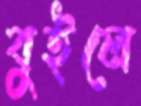
বুইলে